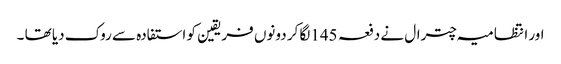
اور انتظامیہ چترال نے دفعہ 145لگا کر دونوں فریقین کو استفادہ سے روک دیا تھا ۔